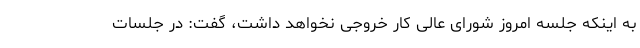
به اینکه جلسه امروز شورای عالی کار خروجی نخواهد داشت، گفت: در جلسات